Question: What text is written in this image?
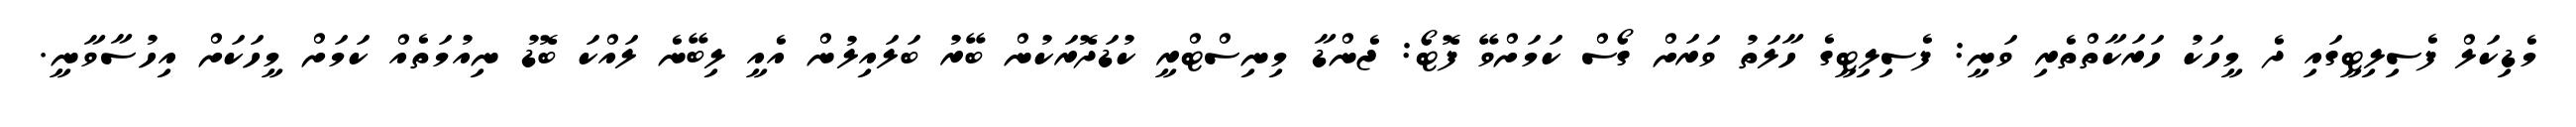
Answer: މެޑިކަލް ފެސިލިޓީގައި ދެ މީހަކު ހަރަކާތްތެރި ވަނީ: ފެސިލިޓީގެ ހާލަތު ވަރަށް ގޯސް ކަމަށްވޭ ފޮޓޯ: ޖެންޑާ މިނިސްޓްރީ ކުޑަދޮރަކުން ބޭރު ބަލައިލުން އެއީ ލިބޭނެ ލައްކަ ބޮޑު ނިއުމަތެއް ކަމަށް މީހަކަށް އިހުސާވާނީ.